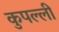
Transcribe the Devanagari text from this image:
कुपल्ली